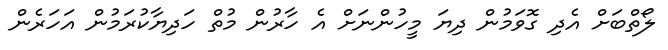
ލޯތްބަށް އެދި ގޮވަމުން ދިޔަ މީހުންނަށް އެ ހާރުން މުތް ހަދިޔާކުރަމުން އަހަރެން